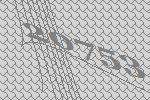
20753